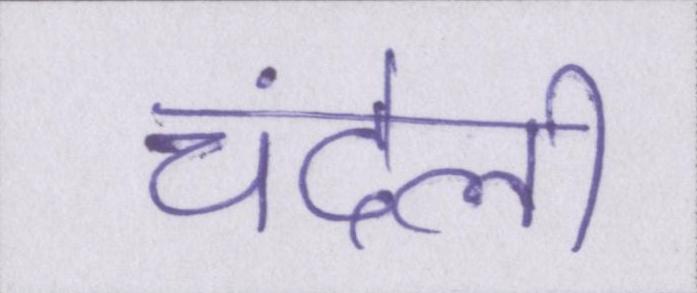
चंदेली